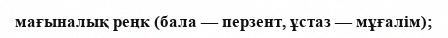
мағыналық реңк (бала — перзент, ұстаз — мұғалім);